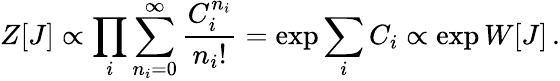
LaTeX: Z[J]\propto\prod_{i}{\sum_{n_{i}=0}^{\infty}{\frac{C_{i}^{n_{i}}}{n_{i}!}}}=\exp{\sum_{i}{C_{i}}}\propto\exp{W[J]}\, .